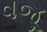
વજૂ